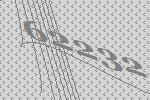
62232